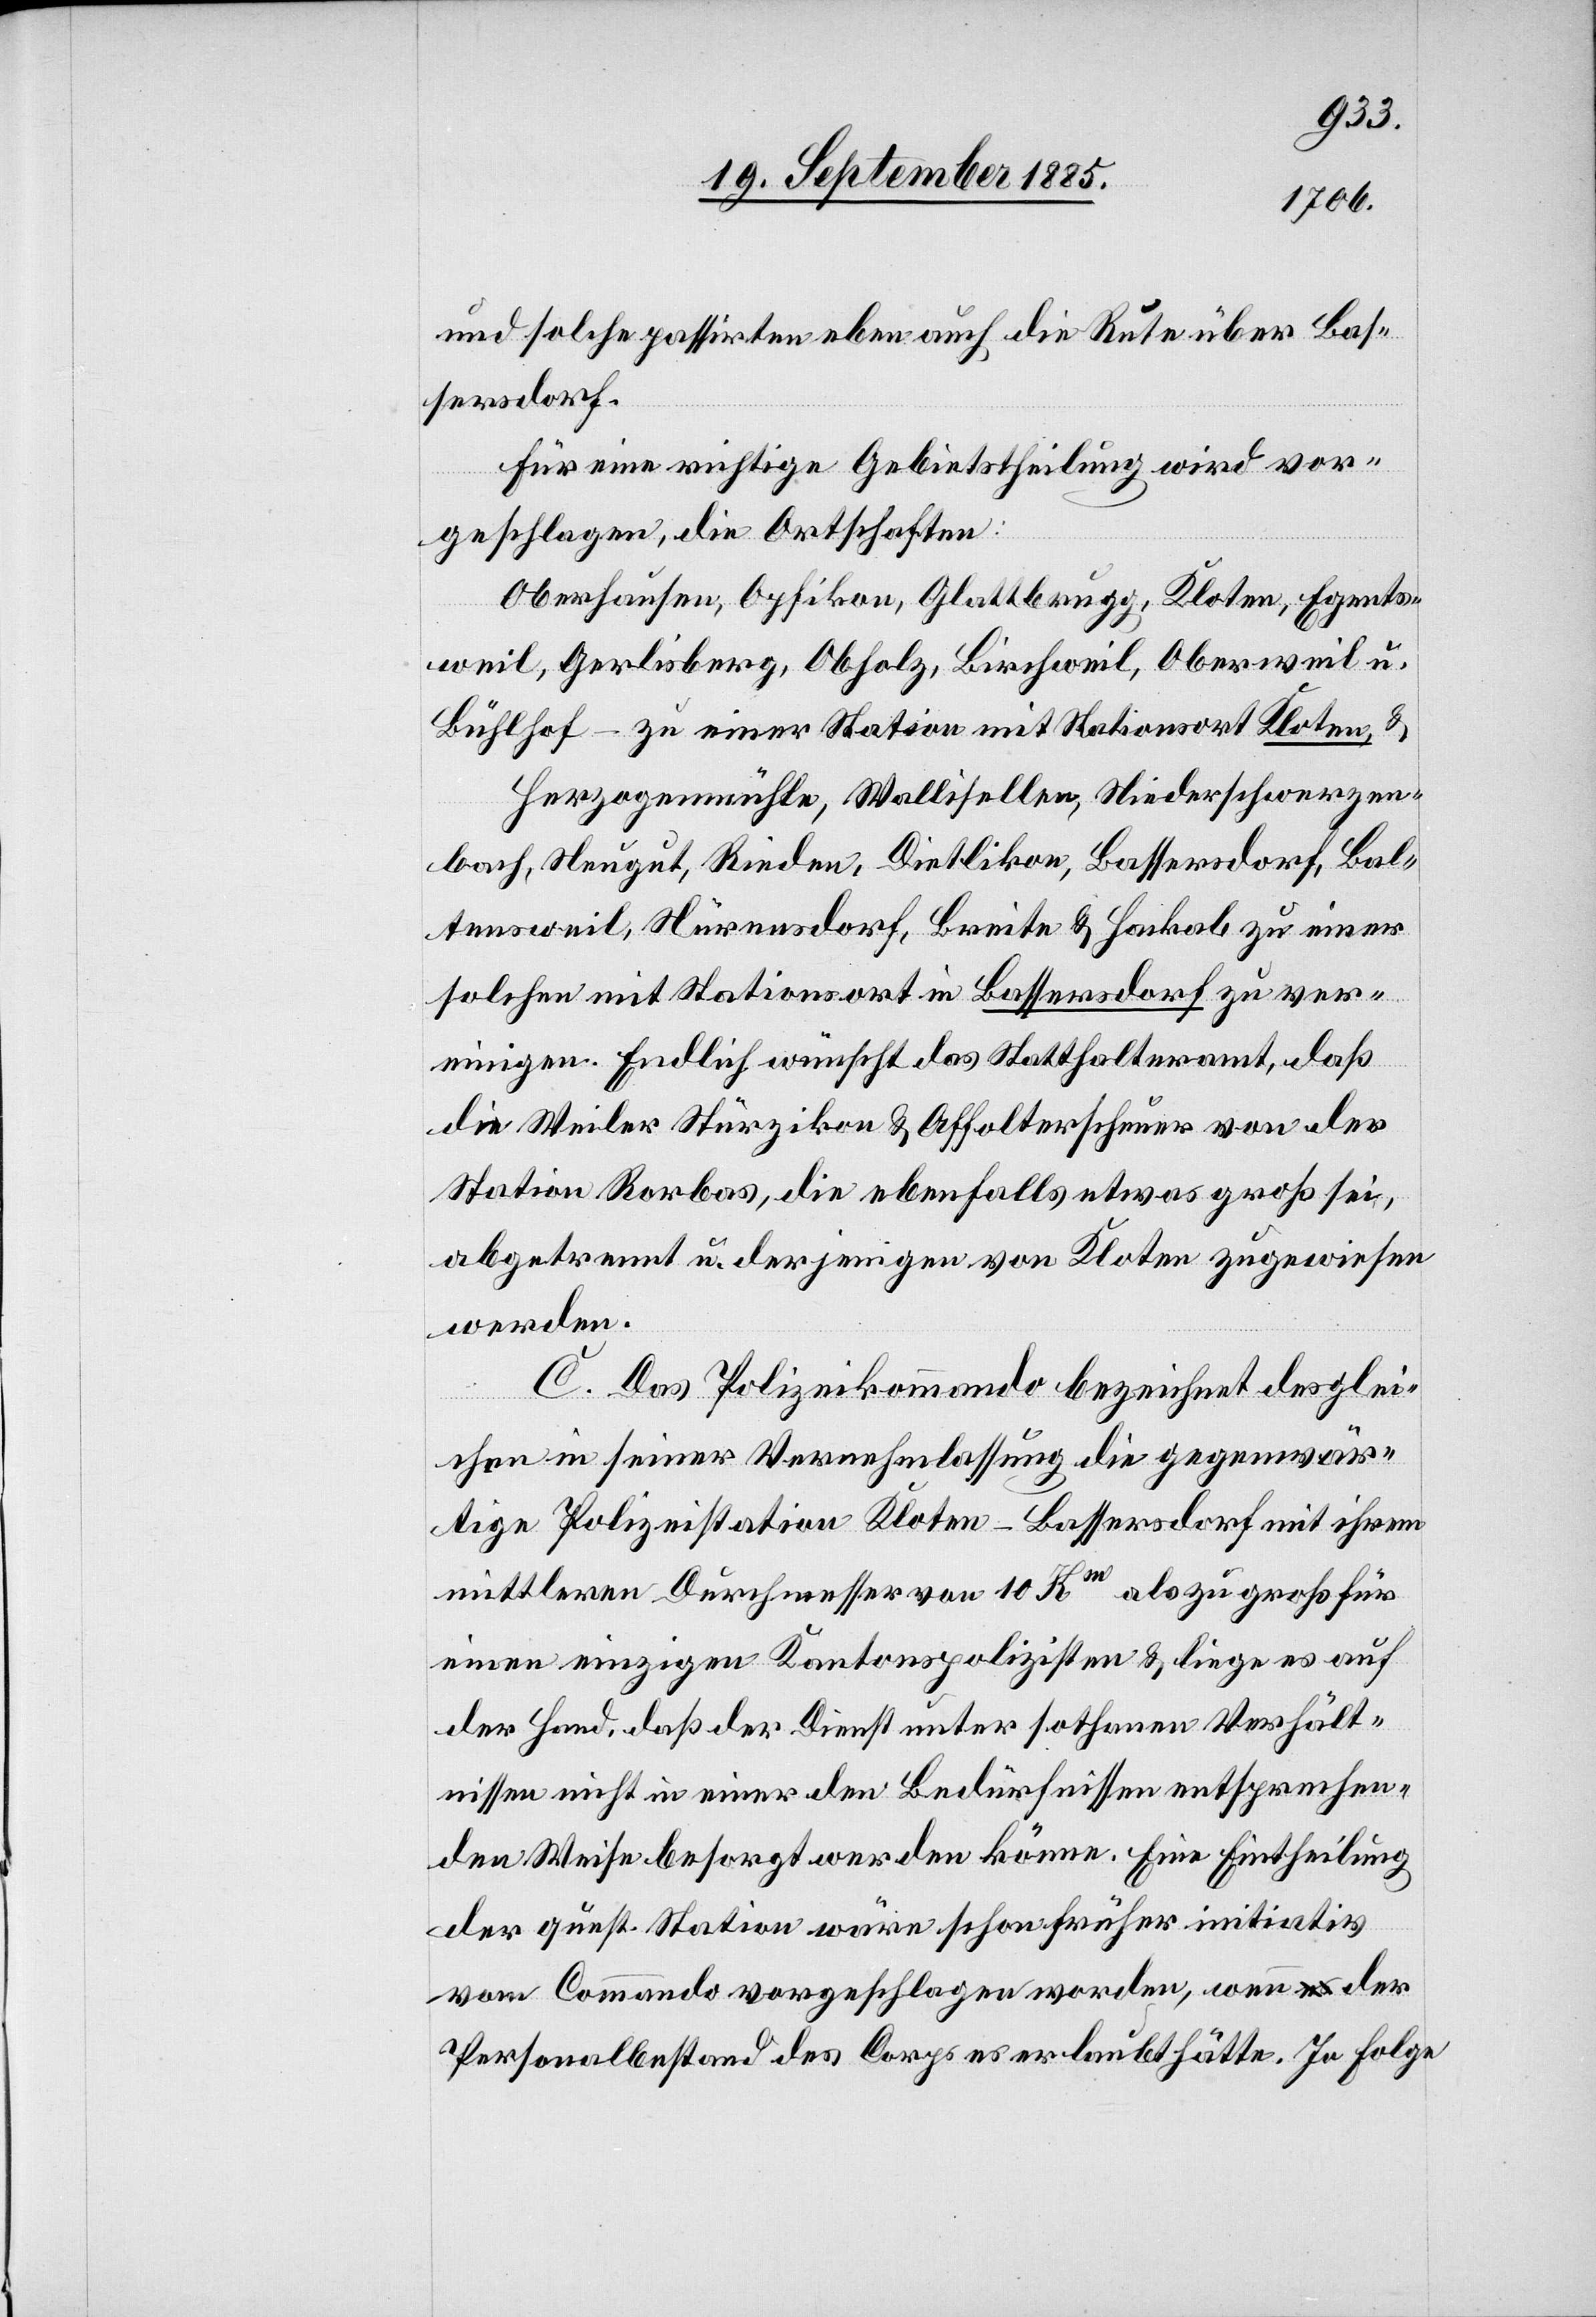
und solche passirten eben auch die Rute über Bas¬
sersdorf.
Für eine richtige Gebietstheilung wird vor¬
geschlagen, die Ortschaften:
Oberhausen, Opfikon, Glattbrugg, Kloten, Egents¬
weil, Gerlisberg, Obholz, Birchweil, Oberweil u.
Bühlhof – zu einer Station mit Stationsort Kloten, &
Herzogenmühle, Wallisellen, Niederschwerzen¬
bach, Neugut, Rieden, Dietlikon, Bassersdorf, Bal¬
tensweil, Nürensdorf, Breite & Hackab zu einer
solchen mit Stationsort in Bassersdorf zu ver¬
einigen. Endlich wünscht das Statthalteramt, daß
die Weiler Stürzikon & Affolterscheuer von der
Station Rorbas, die ebenfalls etwas groß sei,
abgetrennt u. derjenigen von Kloten zugewiesen
werden.
C. Das Polizeikommando bezeichnet des glei¬
chen in seiner Vernehmlassung die gegenwär¬
tige Polizeistation Kloten-Bassersdorf mit ihrem
mittleren Durchmesser von 10 Km als zu groß für
einen einzigen Kantonspolizisten & liege es auf
der Hand, daß der Dienst unter sothanen Verhält¬
nissen nicht in einer den Bedürfnissen entsprechen¬
den Weise besorgt werden könne. Eine Eintheilung
der quest. Station wäre schon früher initiativ
vom Commando vorgeschlagen worden, wenn der
Personalbestand des Corps es erlaubt hätte. In Folge